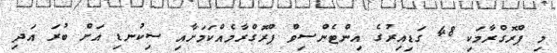
މި ޕްރޮގްރާމަކި 48 ގަޑިއިރުގެ އިންޓެންސިވް ޕްރޮގްރާމެއްކަމަށާއި ސިކުނޑި އަށް ބުރަ އަދި